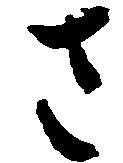
さ